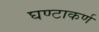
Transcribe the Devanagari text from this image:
घण्टाकर्ण